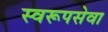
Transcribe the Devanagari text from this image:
स्वरूपसेवा